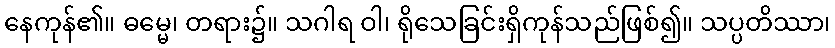
နေကုန်၏။ ဓမ္မေ၊ တရား၌။ သဂါရ ဝါ၊ ရိုသေခြင်းရှိကုန်သည်ဖြစ်၍။ သပ္ပတိဿာ၊